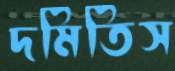
দমিতিস